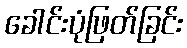
ခေါင်းပုံဖြတ်ခြင်း